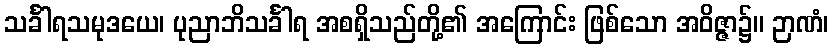
သင်္ခါရသမုဒယေ၊ ပုညာဘိသင်္ခါရ အစရှိသည်တို့၏ အကြောင်း ဖြစ်သော အဝိဇ္ဇာ၌။ ဉာဏံ၊